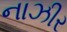
નાઝીર